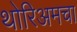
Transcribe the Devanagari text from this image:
थोरिअमचा